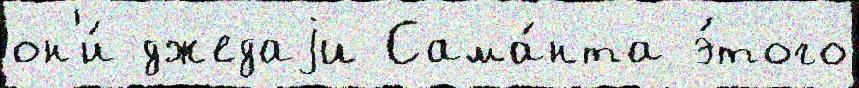
он'и́ джедаjи Сама́нта э́того